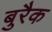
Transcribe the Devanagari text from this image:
बुरैक